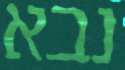
נבא